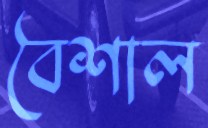
বৈশাল